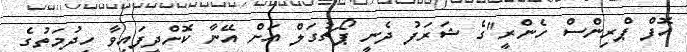
އޮފް ޕްރިންސް ހެންރީ"ގެ ޝަރަފު ދެނީ ޕޯޗުގަލް އަށް އޭނާ ކޮށްދީފައިވާ ހިދުމަތުގެ